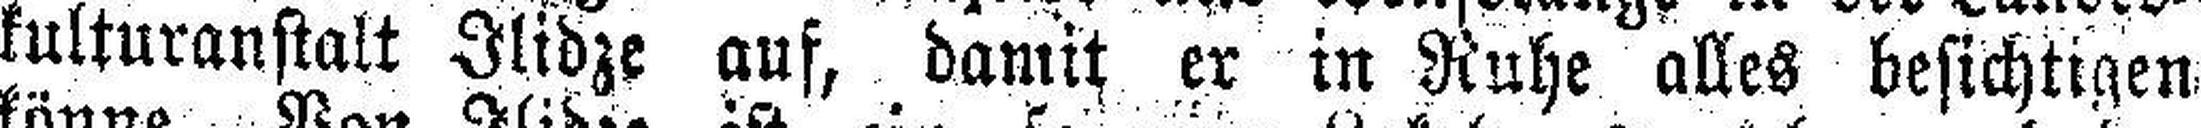
kulturanstalt Ilidze auf, damit er in Ruhe alles besichtigen